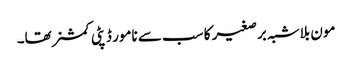
مون بلاشبہ برصغیر کا سب سے نامور ڈپٹی کمشنر تھا۔